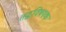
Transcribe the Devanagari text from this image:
तद्वविषयक